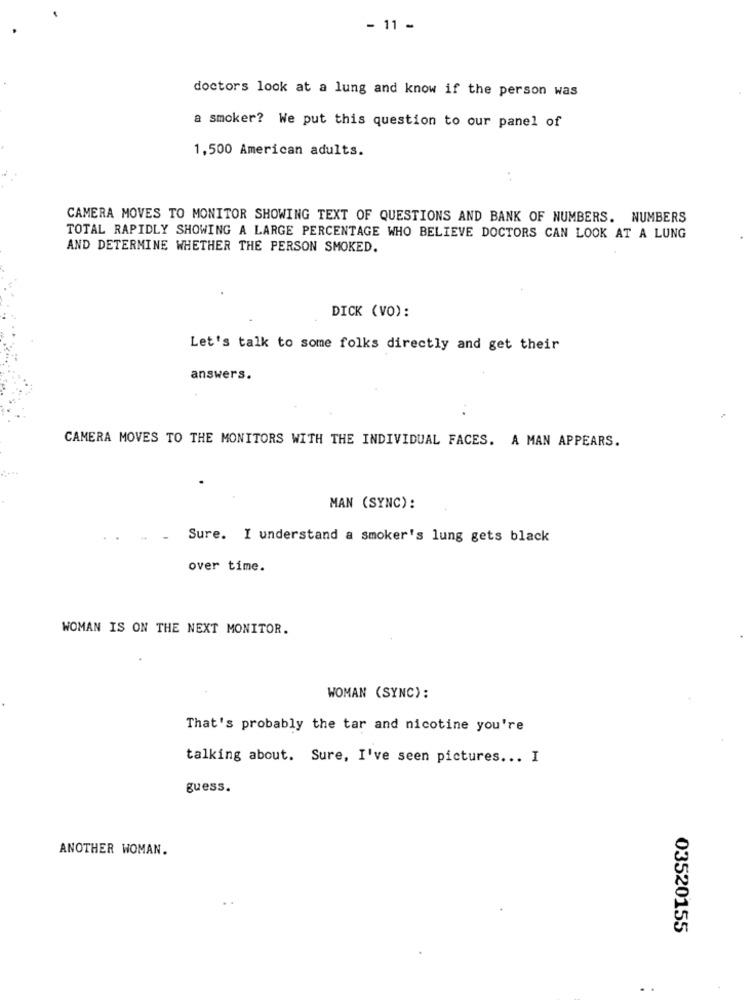
- 11 -
doctors look at a lung and know if the person was
a smoker? We put this question to our panel of
1,500 American adults.
CAMERA MOVES TO MONITOR SHOWING TEXT OF QUESTIONS AND BANK OF NUMBERS. NUMBERS
TOTAL RAPIDLY SHOWING A LARGE PERCENTAGE WHO BELIEVE DOCTORS CAN LOOK AT A LUNG
AND DETERMINE WHETHER THE PERSON SMOKED.
DICK (VO):
Let's talk to some folks directly and get their
answers.
CAMERA MOVES TO THE MONITORS WITH THE INDIVIDUAL FACES. A MAN APPEARS.
MAN (SYNC):
Sure. I understand a smoker's lung gets black
over time.
WOMAN IS ON THE NEXT MONITOR.
WOMAN (SYNC):
That's probably the tar and nicotine you're
talking about. Sure, I've seen pictures ... I
guess.
ANOTHER WOMAN.
03520155